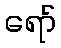
ရော်